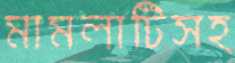
মামলাটিসহ